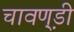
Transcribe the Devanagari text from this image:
चावण़्डी